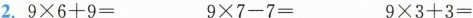
2.$$9\times 6+9=$$ ￥￥9\times 7-7=$$ $$9\times 3+3=$$